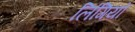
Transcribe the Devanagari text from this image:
लिंगियों